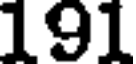
191